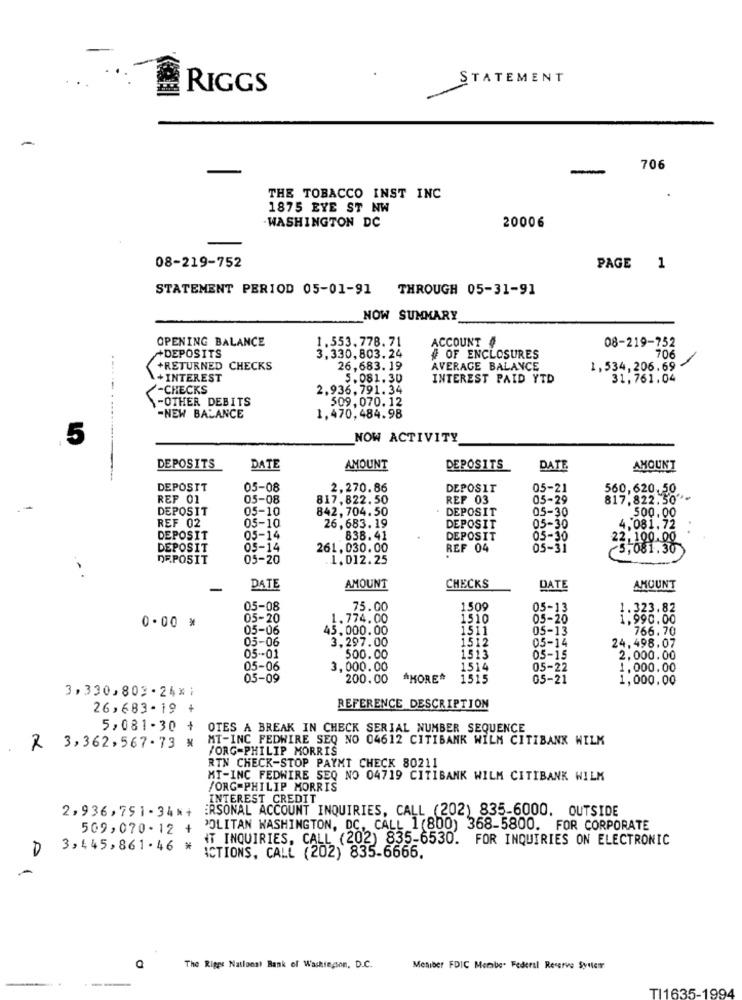
STATEMENT
RIGGS
-
-
706
THE TOBACCO INST INC
1875 EYE ST NW
20006
.WASHINGTON DC
08-219-752
PAGE 1
STATEMENT PERIOD 05-01-91
THROUGH 05-31-91
NOW SUMMARY
OPENING BALANCE
1.553.778.71
ACCOUNT #
3.330,803.24
08-219-752
+DEPOSITS
# OF ENCLOSURES
706
---
+RETURNED CHECKS
26,683. 19
AVERAGE BALANCE
1,534,206.69
+INTEREST
5.081.30
INTEREST PAID YTD
31,761.04
-CHECKS
2.936,791.34
-OTHER DEBITS
509,070.12
-NEW BALANCE
1,470,484.98
5
NOW ACTIVITY
DEPOSITS
DATE
AMOUNT
DEPOSITS
DATE
AMOUNT
DEPOSIT
05-08
2,270.86
DEPOSIT
05-21
560,620, 50,
REP 01
05-08
817,822.50
REF 03
05-29
817,822.50" *.
DEPOSIT
05-10
842,704.50
. DEPOSIT
05-30
500.00
REF 02
26,683. 19
05-10
DEPOSIT
05-30
4,081.72
DEPOSIT
05-14
838.41
DEPOSIT
05-30
DEPOSIT
05-14
261,030.00
REF 04
05-31
5:081.30
DEPOSIT
05-20
1.012.25
CHECKS
DATE
AMOUNT
DATE
AMOUNT
05-08
75.00
1509
05-13
1.323.82
0.00 *
05-20
1.774.00
1510
05-20
1,990.00
05-06
45.000.00
1511
05-13
766,70
05-06
3,297.00
1512
05-14
24,498.07
05 -- 01
500.00
8888
1513
05-15
2,000.00
05-06
3,000.00
1514
05-22
1.000.00
05-09
200.00
*MORE*
1515
05-21
1,000,00
3,330,803- 24x;
26,683-19 +
REFERENCE DESCRIPTION
5,081 -30 + OTES A BREAK IN CHECK SERIAL NUMBER SEQUENCE
MT-INC FEDWIRE SEQ NO 04612 CITIBANK WILM CITIBANK WILK
2 3,362,567.73 X
PORG=PHILIP MORRIS
RTN CHECK-STOP PAYMT CHECK 80211
MT-INC FEDWIRE SEQ NO 04719 CITIBANK WILM CITIBANK WILK
/ORG-PHILIP MORRIS
INTEREST CREDIT
2,936,751-34*+
ERSONAL ACCOUNT INQUIRIES, CALL (202) 835-6000. OUTSIDE
509,070-12 +
POLITAN WASHINGTON, DC, CALL 1(800) 368-5800. FOR CORPORATE
IT INQUIRIES, CALL (202) 835-6530. FOR INQUIRIES ON ELECTRONIC
3,445,861.46 *
A
ACTIONS, CALL (202) 835-6666.
The Riges National Bank of Washington, D.C.
Mesiber FDIC Membe. Federal Reserve System
TI1635-1994